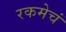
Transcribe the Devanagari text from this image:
रकमेचं